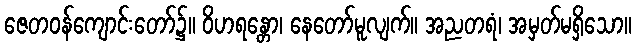
ဇေတဝန်ကျောင်းတော်၌။ ဝိဟရန္တော၊ နေတော်မူလျက်။ အညတရံ၊ အမှတ်မရှိသော။